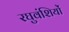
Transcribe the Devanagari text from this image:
रघुवंशियों